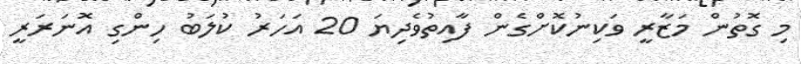
މި ގޮތުން މަޒާރީ ވަކިނުކޮށްގެން ފާއިތުވެދިޔަ 20 އަހަރު ކުލަބު ހިންގި އޮނަރަރީ